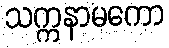
သက္ကနာမကော